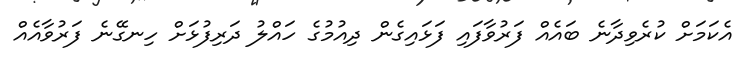
އެކަމަށް ކުރެވިދާނެ ބައެއް ފަރުވާފައި ފަޅައިގެން ދިއުމުގެ ހައްލު ދަރިފުޅަށް ހިނގޭނެ ފަރުވާއެއް